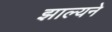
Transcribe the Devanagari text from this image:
झाल्यने